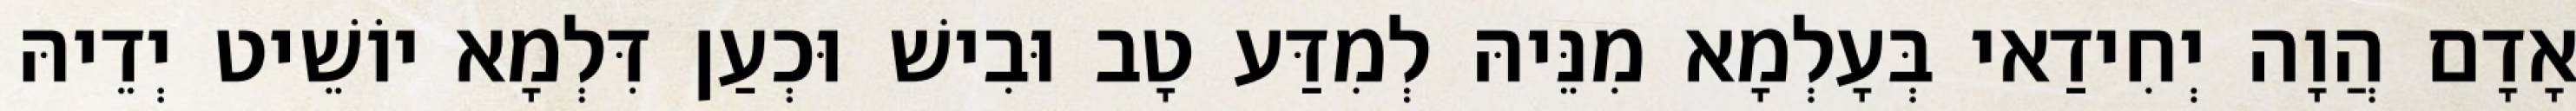
אָדָם הֲוָה יְחִידַאי בְּעָלְמָא מִנֵּיהּ לְמִדַּע טָב וּבִישׁ וּכְעַן דִּלְמָא יוֹשֵׁיט יְדֵיהּ